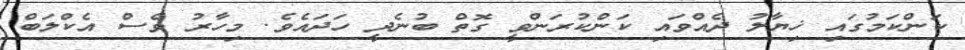
ކަންކަމުގައި ޚިޔާލު ދެއްވައި ކަންކުރަންވީ ގޮތް ބުނެދީ ހަދައެވެ. މިހާރު ވެސް އެކްލަބް